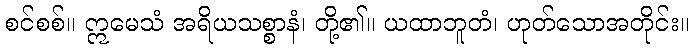
စင်စစ်။ ဣမေသံ အရိယသစ္စာနံ၊ တို့၏။ ယထာဘူတံ၊ ဟုတ်သောအတိုင်း။